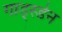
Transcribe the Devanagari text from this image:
गाड्स्डेन